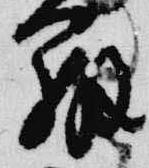
弁